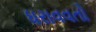
ધરાવવતો